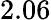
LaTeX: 2.06